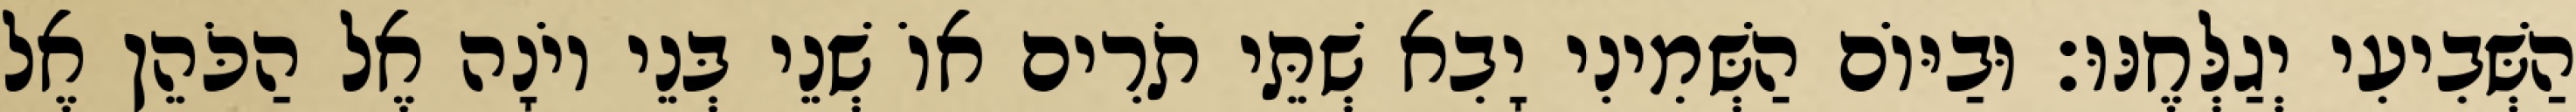
הַשְּׁבִיעִי יְגַלְּחֶנּוּ׃ וּבַיּוֹם הַשְּׁמִינִי יָבִא שְׁתֵּי תֹרִים אוֹ שְׁנֵי בְּנֵי יוֹנָה אֶל הַכֹּהֵן אֶל